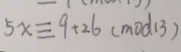
5 x \equiv 9 + 2 6 ( m o d 1 3 )